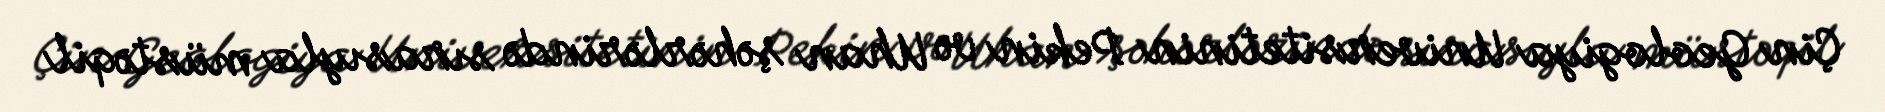
Çin Geologiya Universitetinin Pekin və Uhan şəhərlərində sırasıyla müstəqil